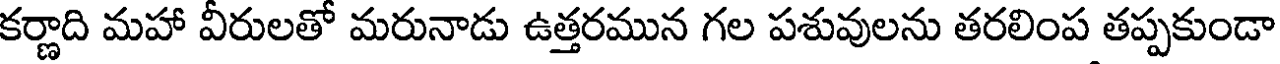
కర్ణాది మహా వీరులతో మరునాడు ఉత్తరమున గల పశువులను తరలింప తప్పకుండా